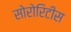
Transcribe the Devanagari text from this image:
सोरोरिटीस